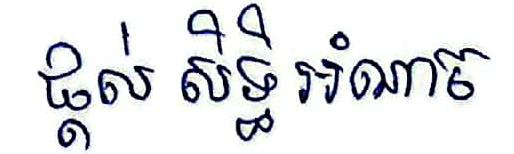
ផ្ដល់ សិទ្ធិ អំណាច